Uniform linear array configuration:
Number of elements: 24
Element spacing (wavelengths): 0.25
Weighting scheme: blackman
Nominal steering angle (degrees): -15
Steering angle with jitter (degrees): -16.033
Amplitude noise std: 0.05
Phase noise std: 0.05

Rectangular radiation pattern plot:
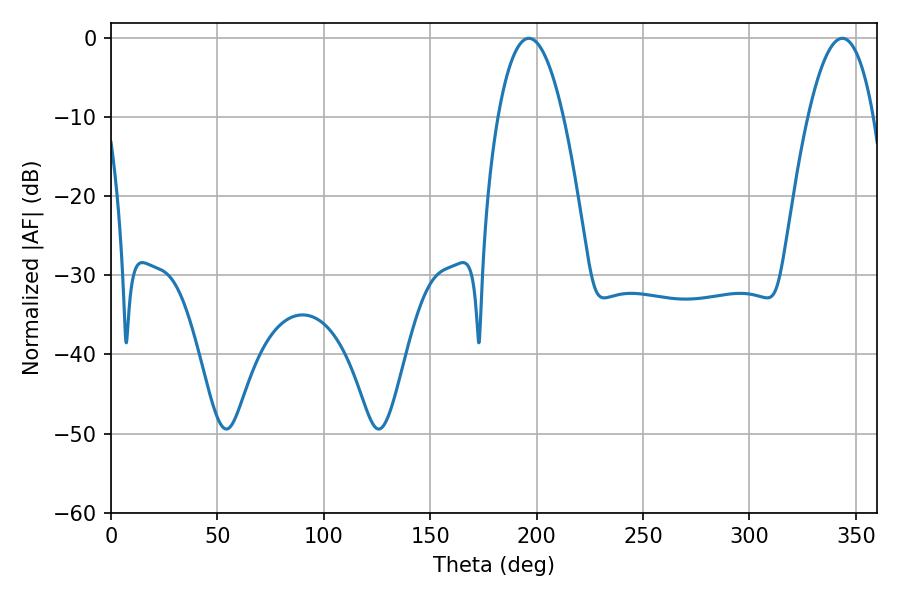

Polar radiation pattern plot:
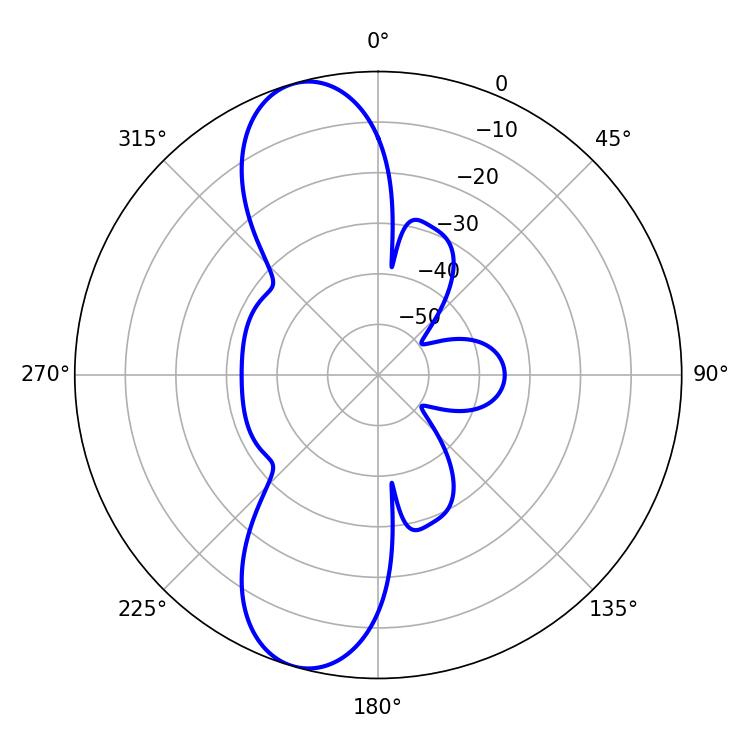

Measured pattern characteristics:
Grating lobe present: FALSE
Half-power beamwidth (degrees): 16.92
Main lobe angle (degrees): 196.38